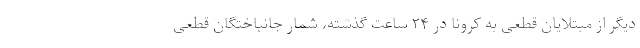
دیگر از مبتلایان قطعی به کرونا در ۲۴ ساعت گذشته، شمار جانباختگان قطعی